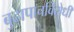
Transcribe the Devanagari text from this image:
बुढ़ापाचविरोधी